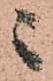
ニ